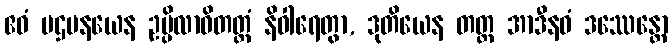
ဧဝံ ပဌမနယေန ဥပ္ပိလာဝိတတ္တံ နိဝါရေတွာ, ဒုတိယေန တတ္ထ အာဒီနဝံ ဒဿေန္တော